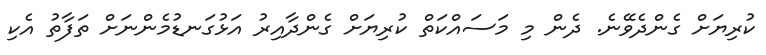
ކުރިޔަށް ގެންދެވޭނެ. ދެން މި މަސައްކަތް ކުރިޔަށް ގެންދާއިރު އަޅުގަނޑުމެންނަށް ތަފާތު އެކި